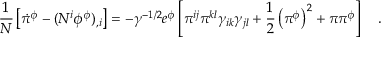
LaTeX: \frac { 1 } { N } \left[ \dot { \pi } ^ { \phi } - ( N ^ { i } \phi ^ { \phi } ) _ { , i } \right] = - \gamma ^ { - 1 / 2 } e ^ { \phi } \left[ \pi ^ { i j } \pi ^ { k l } \gamma _ { i k } \gamma _ { j l } + \frac { 1 } { 2 } \left( \pi ^ { \phi } \right) ^ { 2 } + \pi \pi ^ { \phi } \right] ~ ~ ~ .